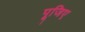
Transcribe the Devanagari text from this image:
पूजिए